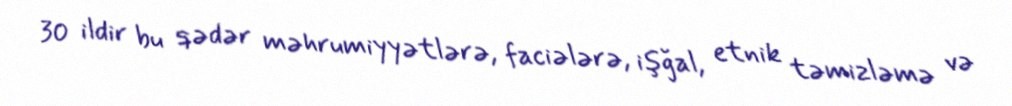
30 ildir bu qədər məhrumiyyətlərə, faciələrə, işğal, etnik təmizləmə və